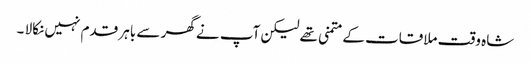
شاہ وقت ملاقات کے متمنی تھے لیکن آپ نے گھر سے باہر قدم نہیں نکالا ۔